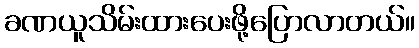
ခဏယူသိမ်းထားပေးဖို့ပြောလာတယ်။